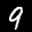
Label: 9